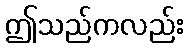
ဤသည်ကလည်း